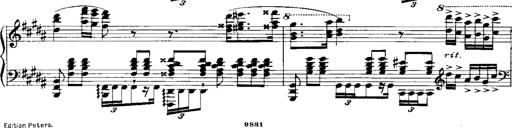
Title: RÃ©miniscences de Norma de Bellini
Composer: Franz Liszt